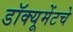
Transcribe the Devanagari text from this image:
डॉक्यूमेंटचे